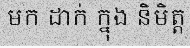
មក ដាក់ ក្នុង និមិត្ត